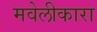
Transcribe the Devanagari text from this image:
मवेलीकारा